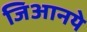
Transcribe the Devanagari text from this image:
जिआनये